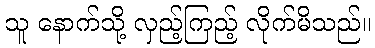
သူ နောက်သို့ လှည့်ကြည့် လိုက်မိသည်။